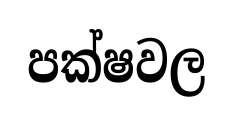
පක්ෂවල